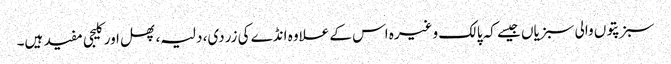
سبز پتوں والی سبزیاں جیسے کہ پالک وغیرہ اس کے علاوہ انڈے کی زردی، دلیہ، پھل اور کلیجی مفید ہیں۔